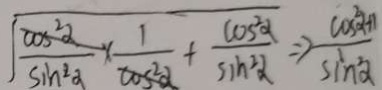
\sqrt { \frac { \cos ^ { 2 } \alpha } { \sin ^ { 2 } \alpha } \times \frac { 1 } { \cos ^ { 2 } \alpha } + \frac { \cos ^ { 2 } \alpha } { \sin ^ { 2 } \alpha } } \Rightarrow \frac { \cos ^ { 2 } \alpha + 1 } { \sin ^ { 2 } \alpha }